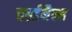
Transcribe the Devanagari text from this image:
वर्ल्डमैक्स